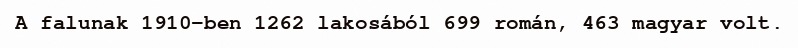
A falunak 1910-ben 1262 lakosából 699 román, 463 magyar volt.